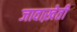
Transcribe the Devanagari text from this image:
जावाख़ेती